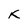
Character: k